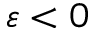
\varepsilon < 0